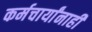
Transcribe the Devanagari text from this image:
कर्मचार्यांनाही